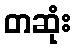
တဆုံး